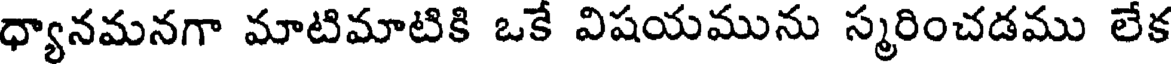
ధ్యానమనగా మాటిమాటికి ఒకే విషయమును స్మరించడము లేక